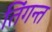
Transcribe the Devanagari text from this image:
तिंगन्त